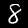
Digit: 8